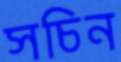
সচিন